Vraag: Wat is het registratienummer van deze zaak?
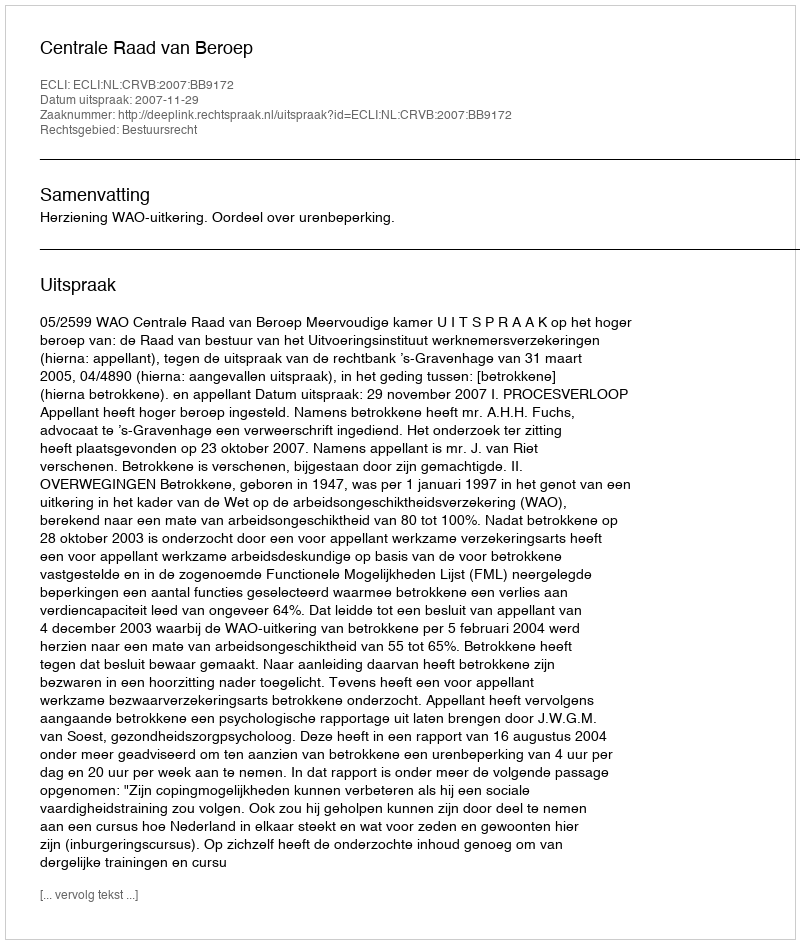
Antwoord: http://deeplink.rechtspraak.nl/uitspraak?id=ECLI:NL:CRVB:2007:BB9172